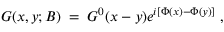
G ( x , y ; B ) \; = \; G ^ { 0 } ( x - y ) e ^ { i [ \Phi ( x ) - \Phi ( y ) ] } \; ,